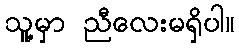
သူ့မှာ ညီလေးမရှိပါ။